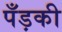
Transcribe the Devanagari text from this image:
पँड़की